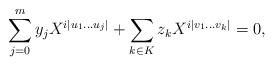
LaTeX: \begin{align*} \sum_{j=0}^{m} y_j X^{i |u_1 \dots u_j|} + \sum_{k \in K} z_k X^{i |v_1 \dots v_k|} = 0,\end{align*}